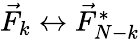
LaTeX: \begin{array}{r}{\vec{F}_{k}\leftrightarrow\vec{F}_{N-k}^{*}}\end{array}